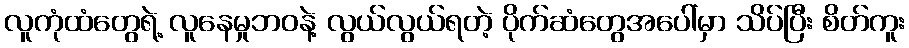
လူကုံထံတွေရဲ့ လူနေမှုဘဝနဲ့ လွယ်လွယ်ရတဲ့ ပိုက်ဆံတွေအပေါ်မှာ သိပ်ပြီး စိတ်ကူး